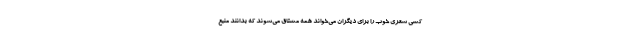
کسی شعری خوب را برای دیگران می‌خواند همه مشتاق می‌شوند که بدانند منبع